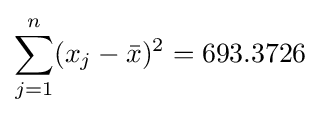
\sum _{j=1}^{n}(x_{j}-{\bar {x}})^{2}=693.3726